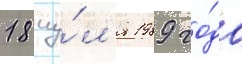
18 иу́л'я 1989 го́да